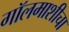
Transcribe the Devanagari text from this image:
गॉलमाशीचा